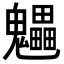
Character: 𩴼